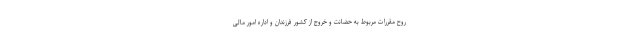
روح مقررات مربوط به حضانت و خروج از کشور فرزندان و اداره امور مالی